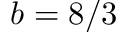
b = 8 / 3